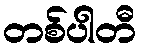
တစ်ပါတီ